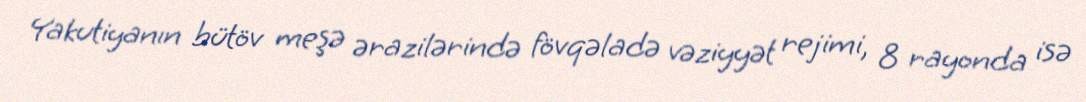
Yakutiyanın bütöv meşə ərazilərində fövqəladə vəziyyət rejimi, 8 rayonda isə